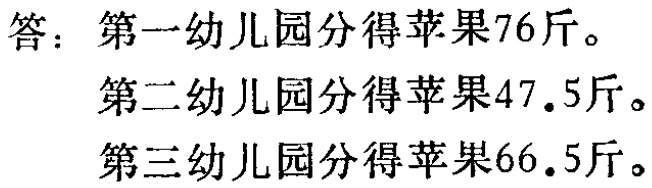
答：第一幼儿园分得苹果76斤。
第二幼儿园分得苹果47.5斤。
第三幼儿园分得苹果66.5斤。